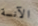
الآنسة